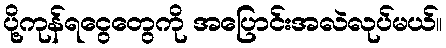
ပို့ကုန်ရငွေတွေကို အပြောင်းအလဲလုပ်မယ်။